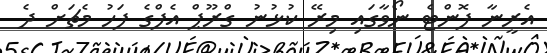
އެރީނާ ފޮންޓެ ނޯވާގައި މިރޭ ކުޅުނު ގްރޫޕް އެފްގެ ފަހު މެޗަށް ދެ